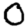
Digit: 0